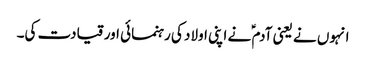
انہوں نے یعنی آدم ؑ نے اپنی اولاد کی رہنمائی اور قیادت کی۔